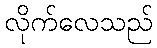
လိုက်လေသည်